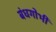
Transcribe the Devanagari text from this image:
बंधगोभी